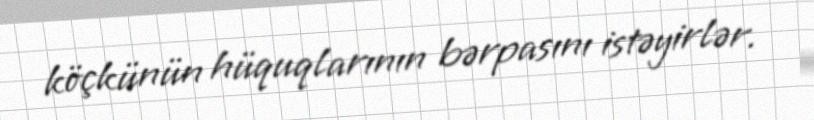
köçkünün hüquqlarının bərpasını istəyirlər.